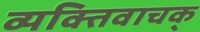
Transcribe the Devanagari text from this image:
व्यक्तिवाचक्